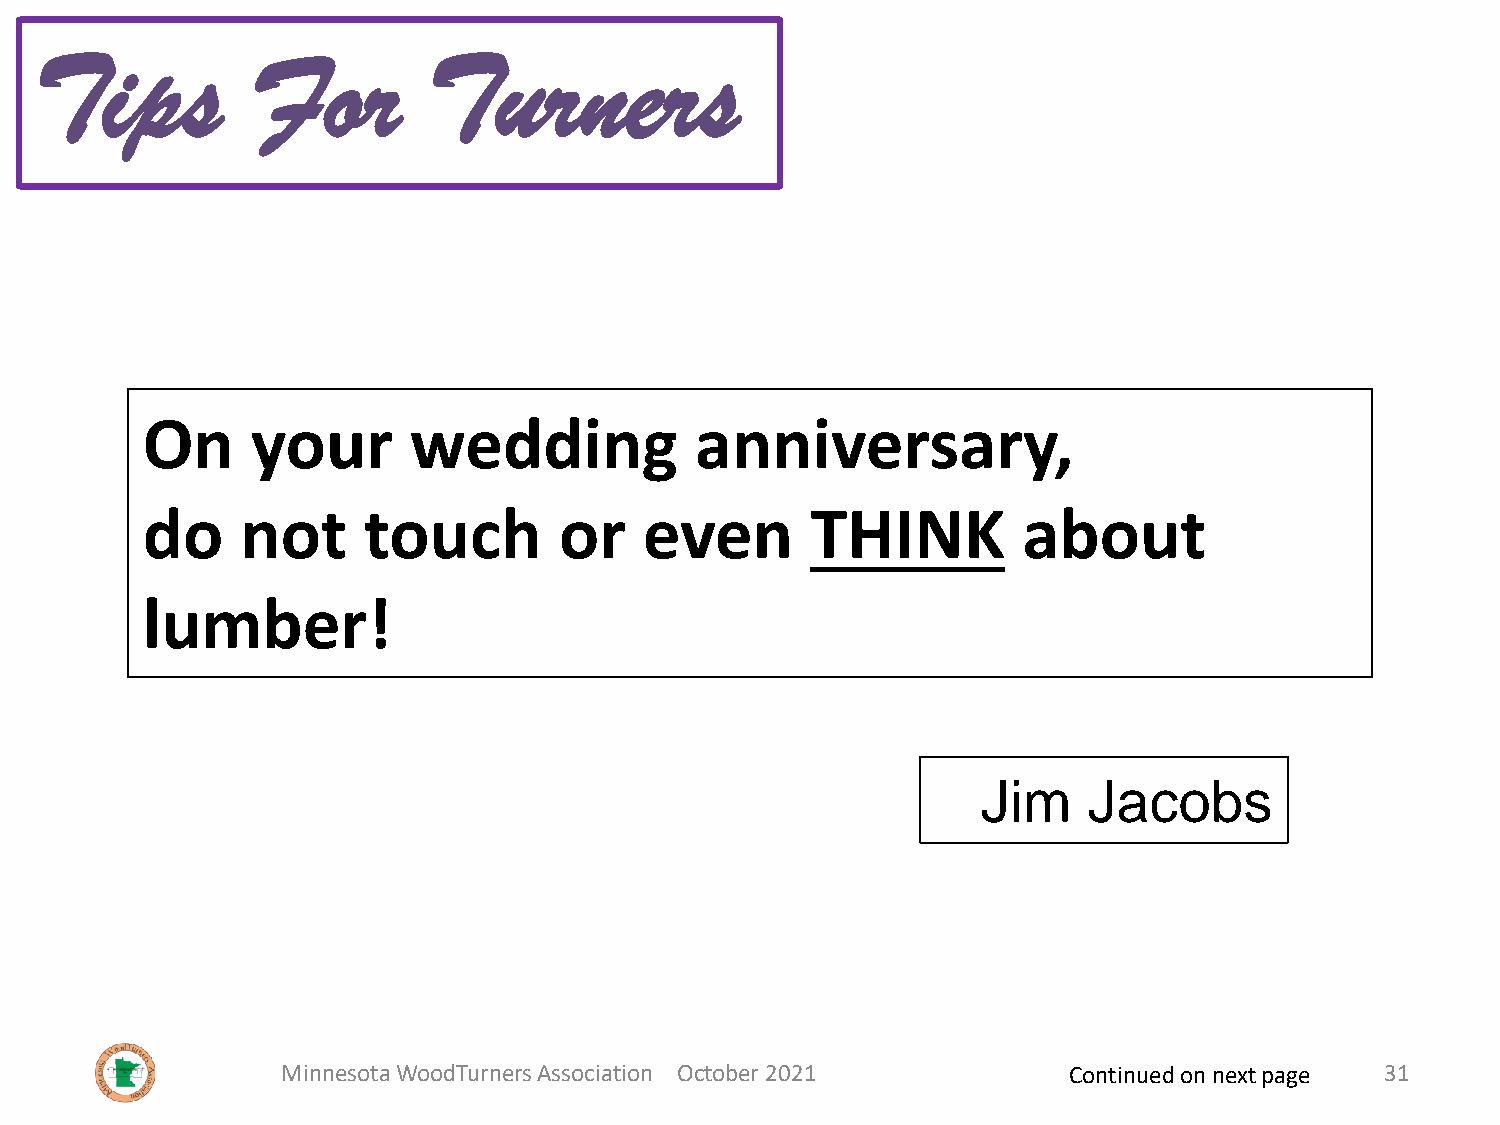
Tips           For        Turners
 On      your      wedding            anniversary,
 do     not     touch        or    even       THINK         about
 lumber!
 Jim    Jacobs
 Minnesota WoodTurners Association October 2021      Continued on next page 31